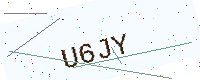
Text: U6JY